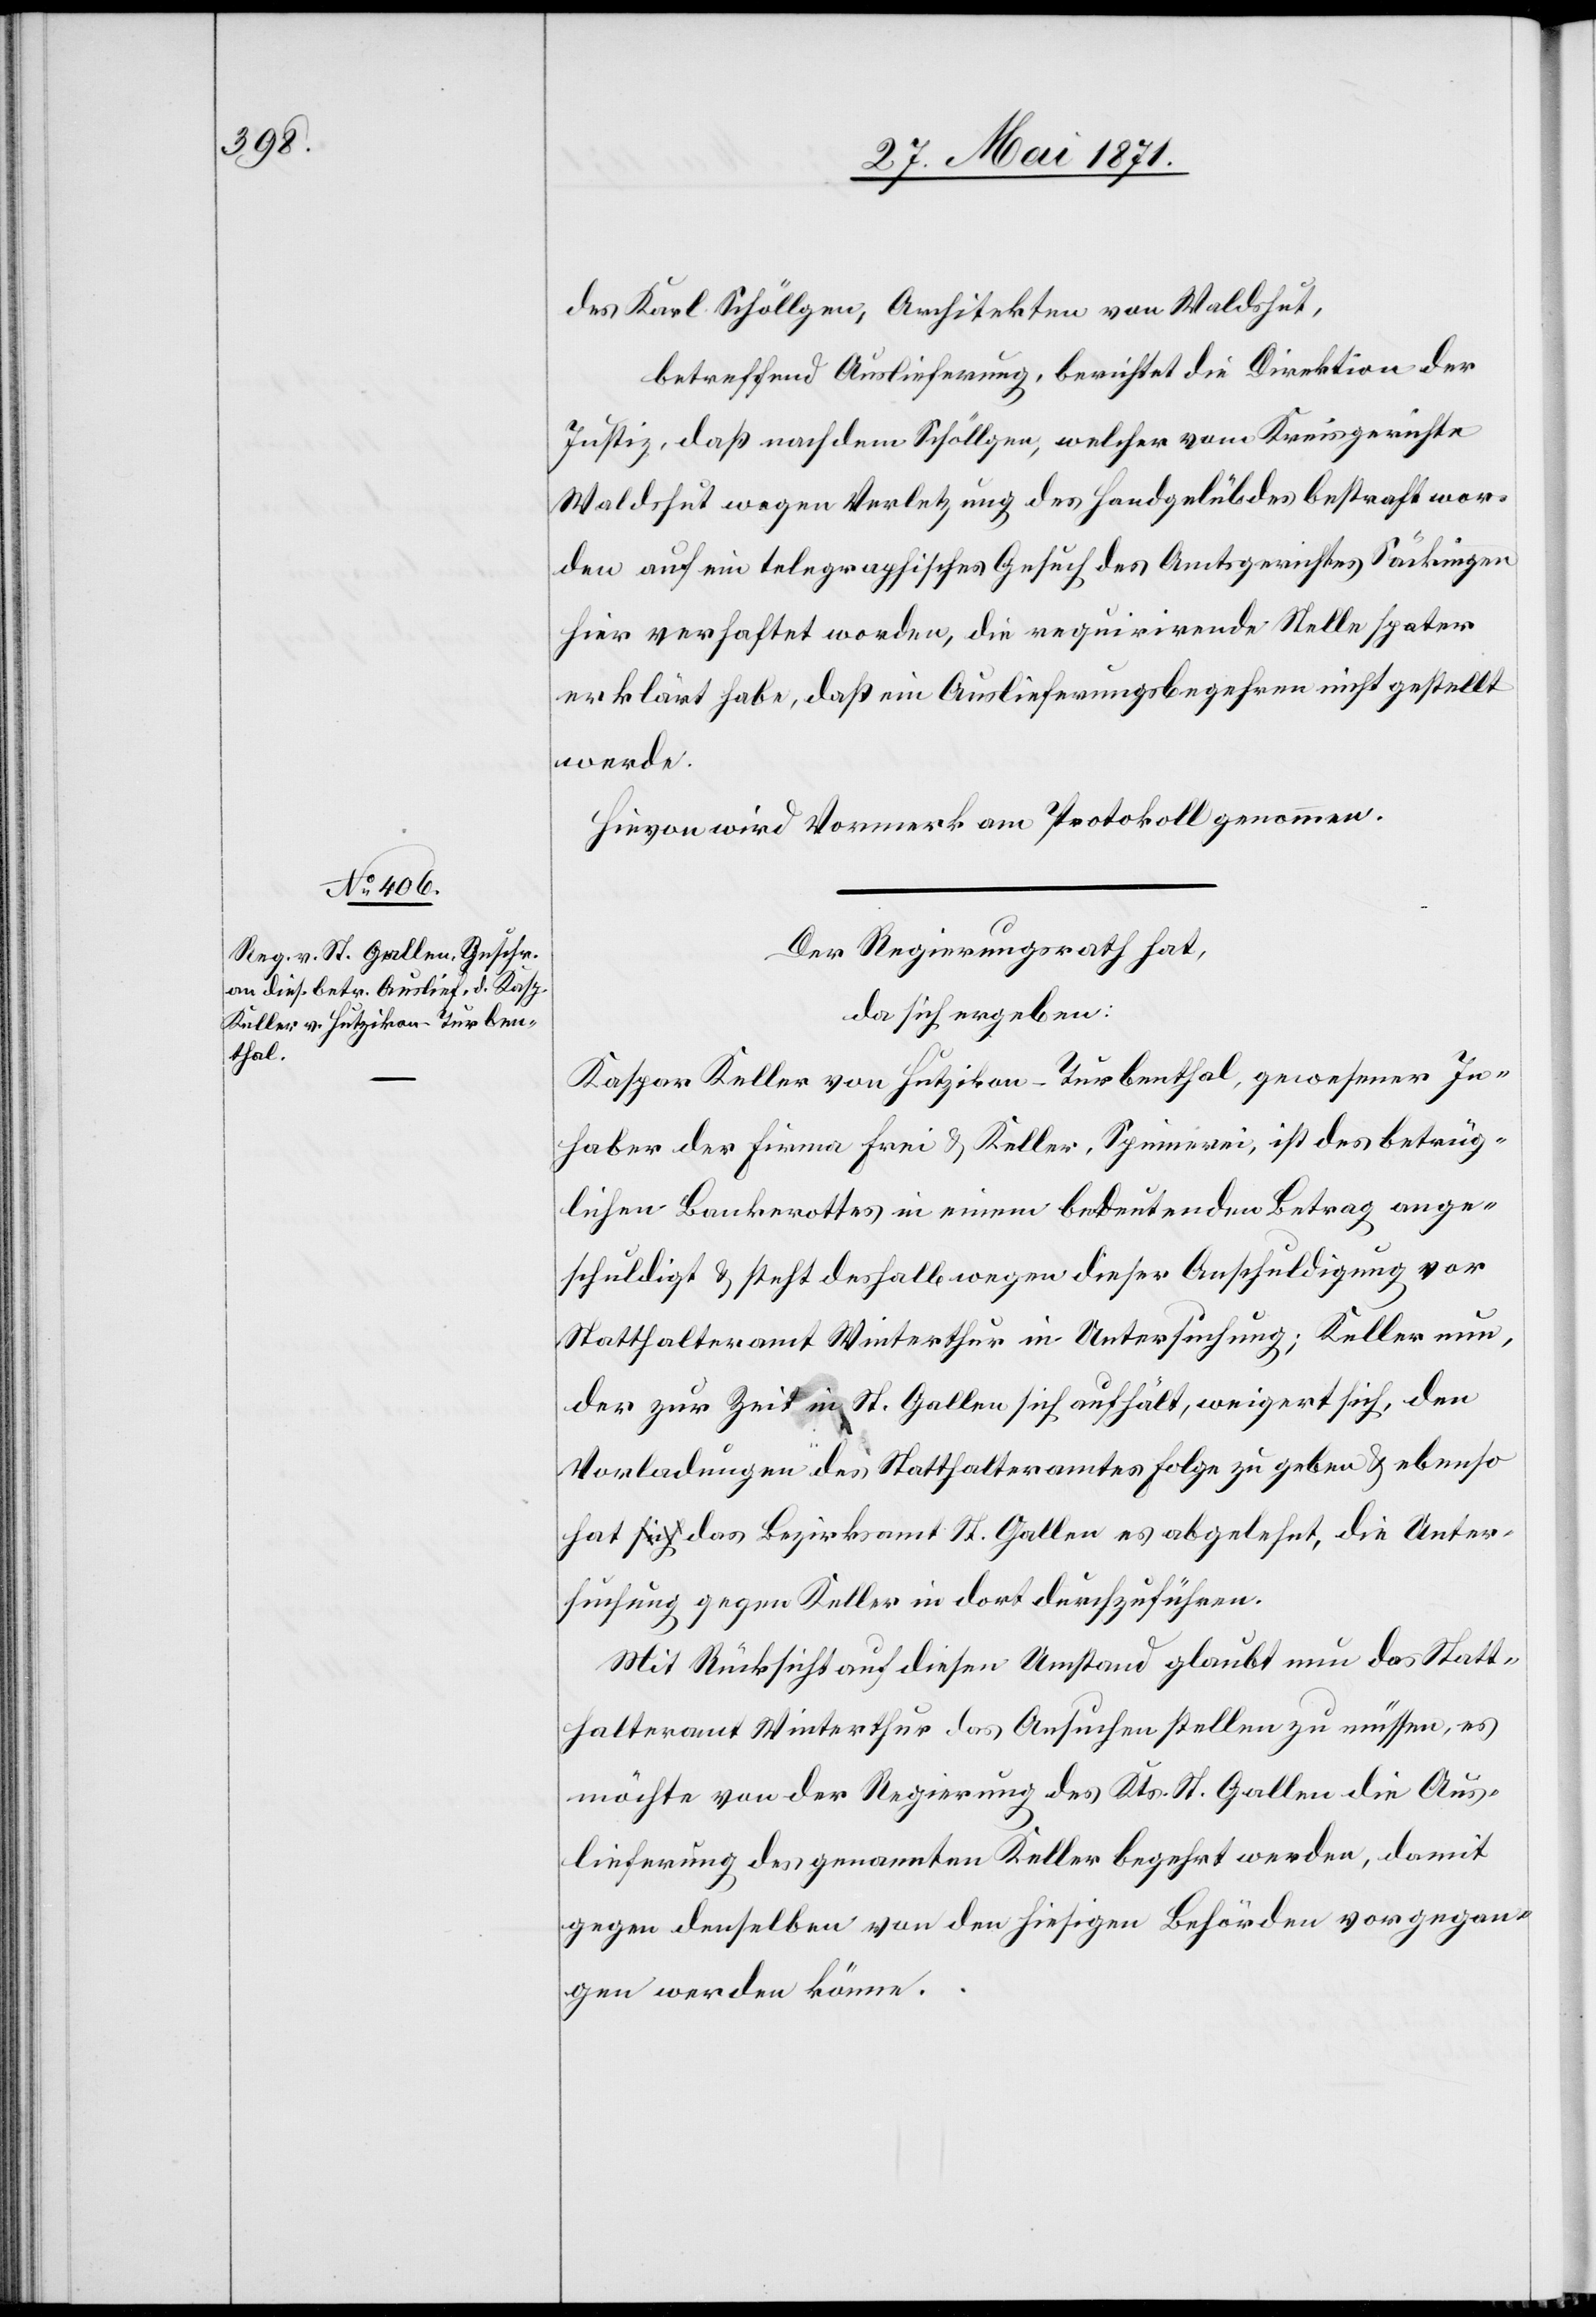
des Karl Schöllgen, Architekten von Waldshut,
betreffend Auslieferung, berichtet die Direktion der
Justiz, daß nach dem Schöllgen, welcher vom Kreisgerichte
Waldshut wegen Verletzung des Handgelübdes bestraft wor¬
den auf ein telegraphisches Gesuch des Amtsgerichtes Säckingen
hier verhaftet worden, die requirirende Stelle spater
erklärt habe, daß ein Auslieferungsbegehren nicht gestellt
werde.
Hievon wird Vormerk am Protokoll genommen.
Der Regierungsrath hat,
da sich ergeben:
Kaspar Keller von Hetzikon-Turbenthal, gewesener In¬
haber der Firma Frei u. Keller, Spinnerei, ist des betrüg¬
lichen Bankrottes in einem bedeutenden Betrag ange¬
schuldigt u. steht deshalb wegen dieser Anschuldigung vor
Statthalteramt Winterthur in Untersuchung; Keller nun,
der zur Zeit in St. Gallen sich aufhält, weigert sich, den
Vorladungen des Statthalteramt Folge zu geben u. ebenso
hat das Bezirksamt St. Gallen es abgelehnt, die Unter¬
suchung gegen Keller in dort durchzuführen.
Mit Rücksicht auf diesen Umstand glaubt nun das Statt¬
halteramt Winterthur das Ansuchen stellen zu müssen, es
möchte von der Regierung des Kts. St. Gallen die Aus¬
lieferung des genannten Keller begehrt werden, damit
gegen denselben von den hiesigen Behörden vorgegan¬
gen werden könne.